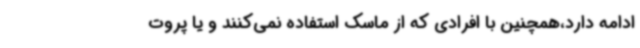
ادامه دارد،همچنین با افرادی که از ماسک استفاده نمی‌کنند و یا پروت